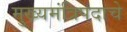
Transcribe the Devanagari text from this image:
मुख्यमंत्रिपदाचे